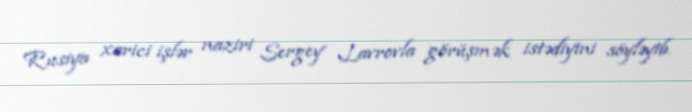
Rusiya xarici işlər naziri Sergey Lavrovla görüşmək istədiyini söyləyib.